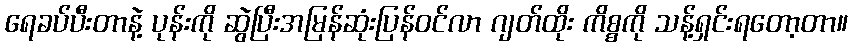
ရေခပ်ပီးတာနဲ့ ပုန်းကို ဆွဲပြီးအမြန်ဆုံးပြန်ဝင်လာ ဂျတ်ထိုး ကိစ္စကို သန့်ရှင်းရတော့တာ။